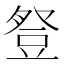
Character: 豋